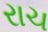
રાચ